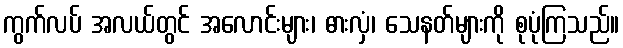
ကွက်လပ် အလယ်တွင် အလောင်းများ၊ ဓားလှံ၊ သေနတ်များကို စုပုံကြသည်။